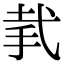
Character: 𢎇